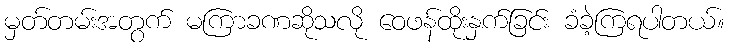
မှတ်တမ်းအတွက် မကြာခဏဆိုသလို ဝေဖန်ထိုးနှက်ခြင်း ခံခဲ့ကြရပါတယ်။